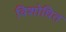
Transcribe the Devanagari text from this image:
विशोधित